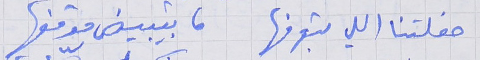
حفلتنا اللي بتعرفها      ما بيتبيض موقفها